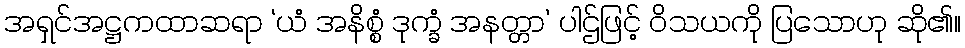
အရှင်အဋ္ဌကထာဆရာ ‘ယံ အနိစ္စံ ဒုက္ခံ အနတ္တာ’ ပါဌ်ဖြင့် ဝိသယကို ပြသောဟု ဆို၏။